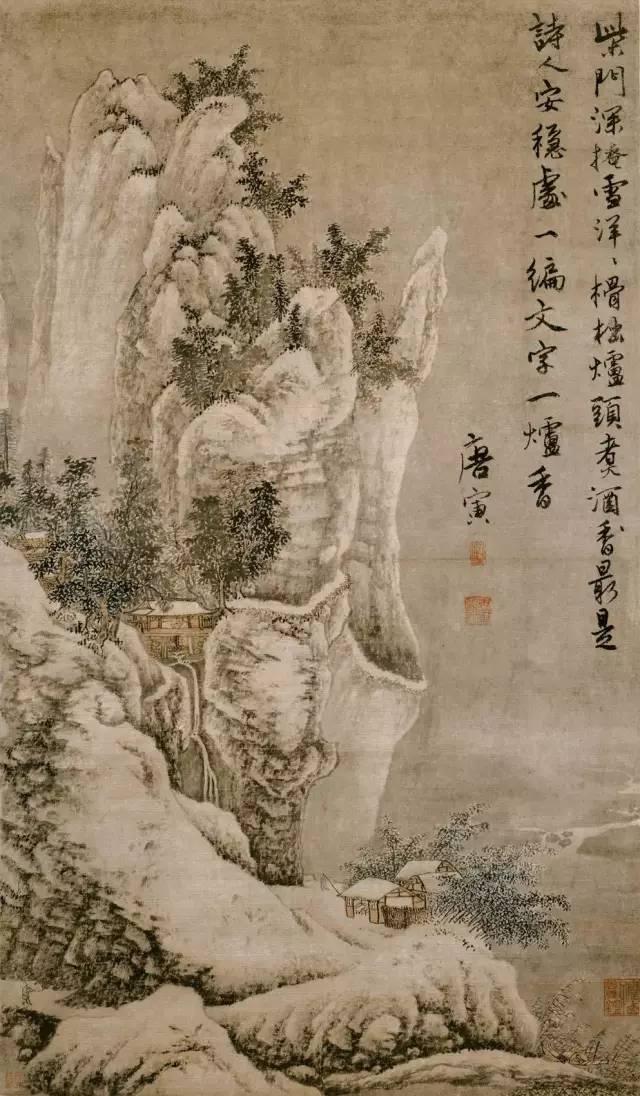
最爱东山晴后雪，软红光里涌银山。